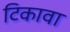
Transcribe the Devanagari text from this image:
टिकावा